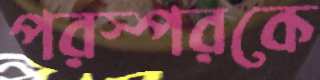
পরস্পরকে